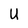
Character: U